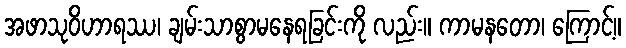
အဖာသုဝိဟာရဿ၊ ချမ်းသာစွာမနေရခြင်းကို လည်း။ ကာမနတော၊ ကြောင့်။